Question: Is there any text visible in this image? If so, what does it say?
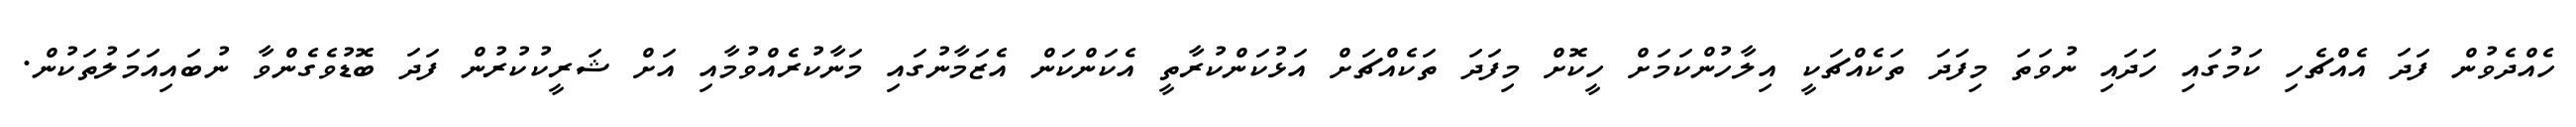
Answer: ހެއްދެވުން ފަދަ އެއްޗެހި ކަމުގައި ހަދައި ނުވަތަ މިފަދަ ތަކެއްޗަކީ އިލާހުންކަމަށް ހީކޮށް މިފަދަ ތަކެއްޗަށް އަޅުކަންކުރާތީ އެކަންކަން އެޒަމާނުގައި މަނާކުރެއްވުމާއި އަށް ޝަރީކުކުރުން ފަދަ ބޮޑުވެގެންވާ ނުބައިއަމަލުތަކުން.